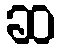
ဆ